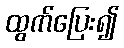
ထွက်ပြေး၍